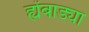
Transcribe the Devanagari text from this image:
ह्येंबाड्या